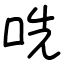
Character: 𫩱